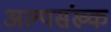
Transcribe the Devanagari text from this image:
अल्पसंख्क